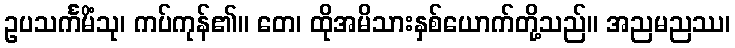
ဥပသင်္ကမိံသု၊ ကပ်ကုန်၏။ တေ၊ ထိုအမိသားနှစ်ယောက်တို့သည်။ အညမညဿ၊